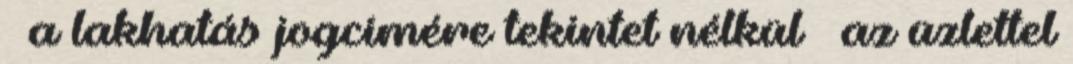
– a lakhatás jogcímére tekintet nélkül – az üzlettel